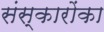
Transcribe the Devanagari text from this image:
संस्कारोंका